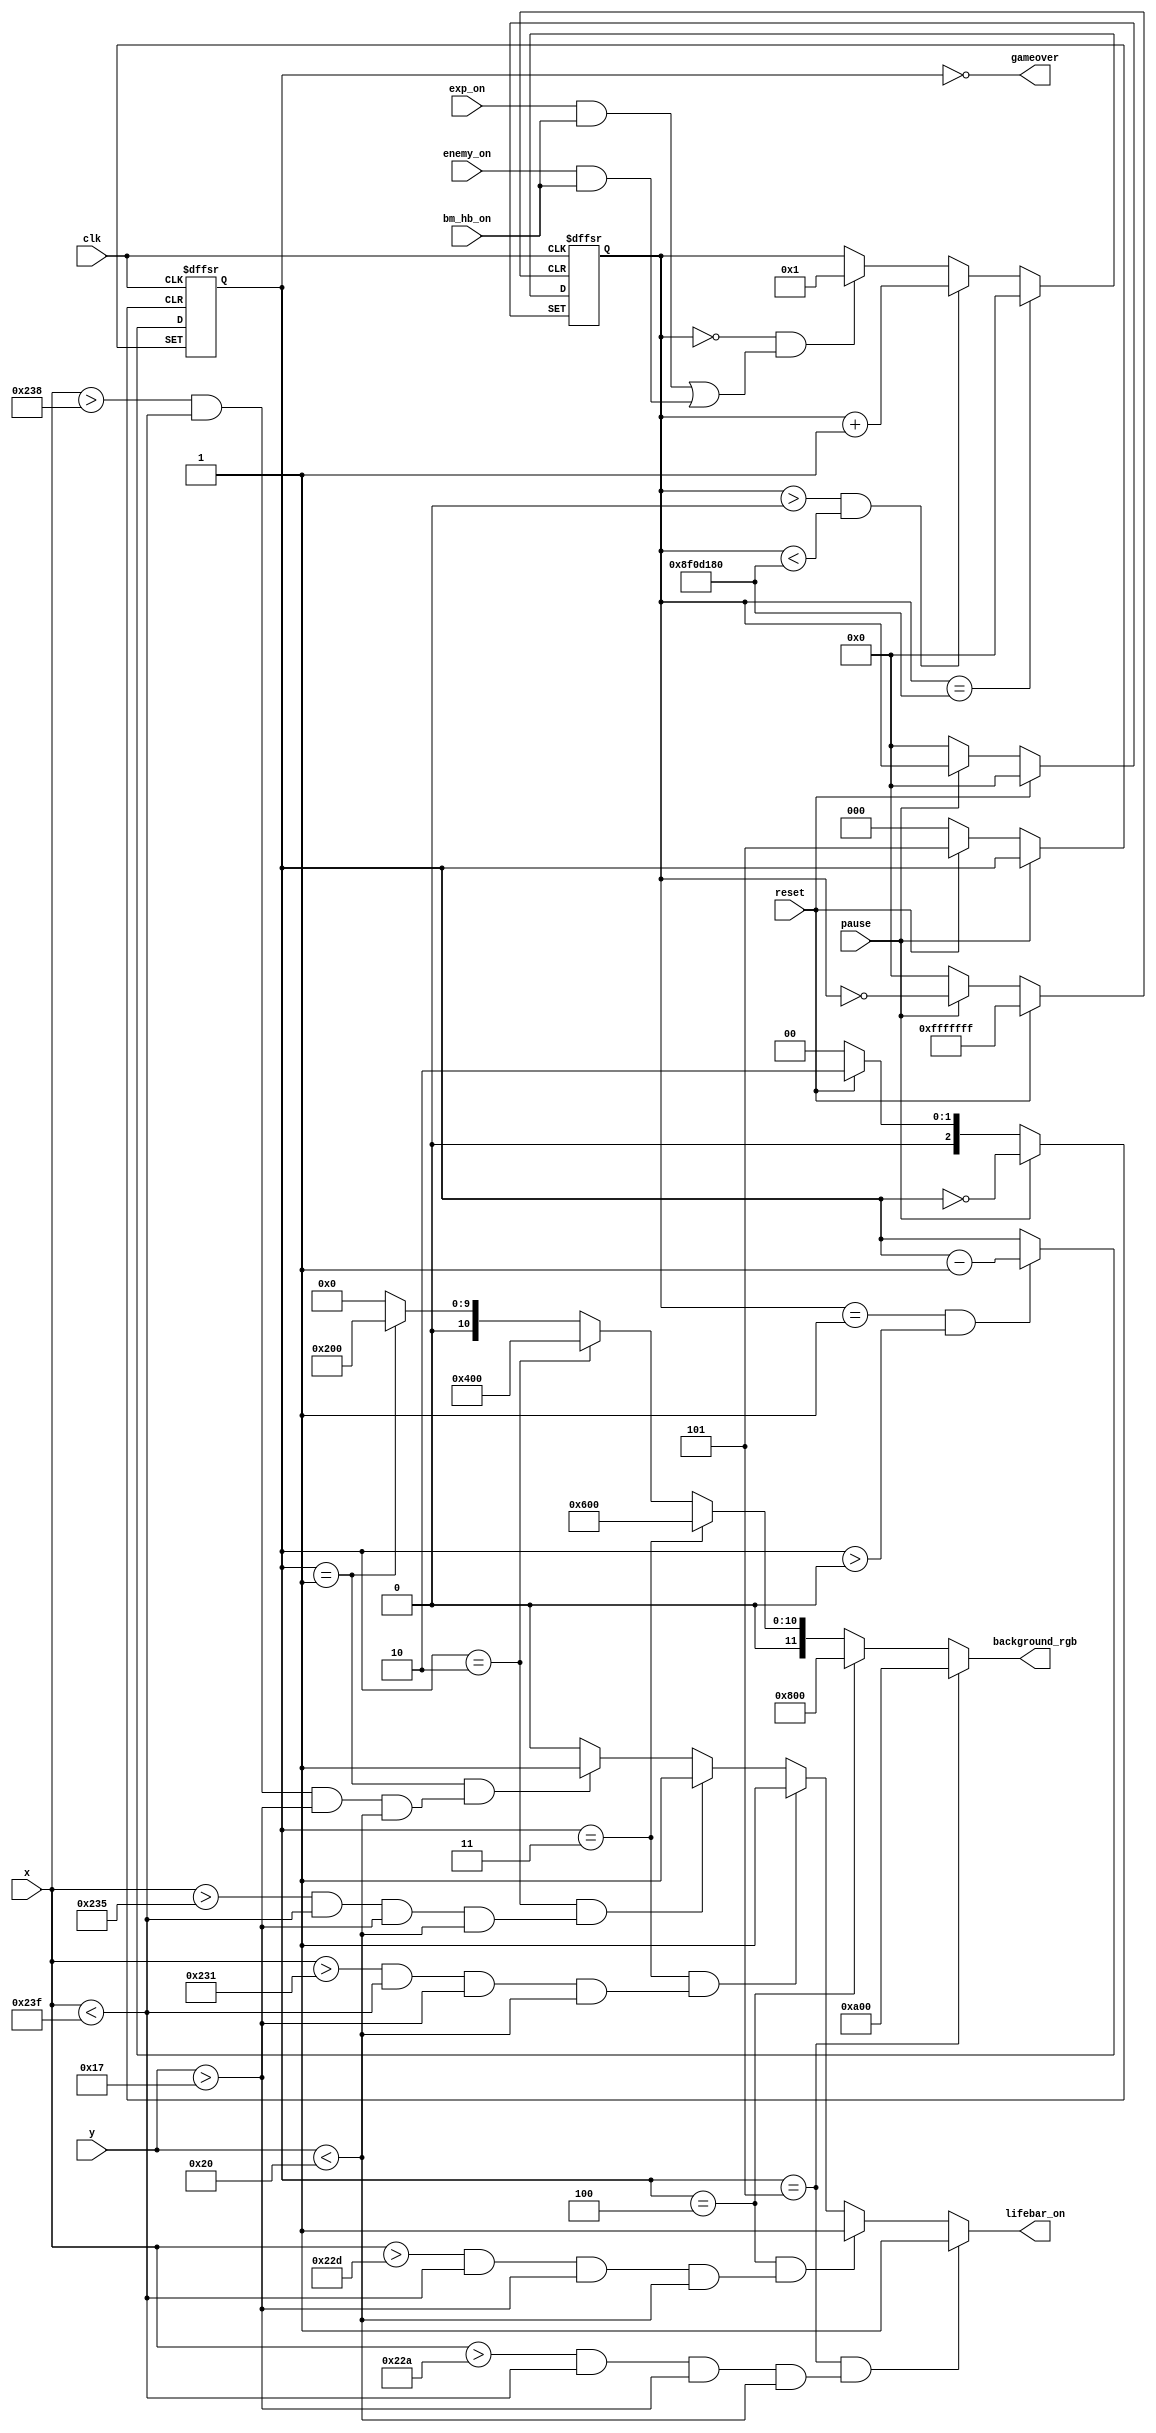
module game_lives
(
   input wire clk, reset, pause,
   input wire [9:0] x, y,                 // current pixel location on screen
   input wire bm_hb_on, enemy_on, exp_on, // input to determine when bomberman's hitbox overlaps enemy or explosion
   output wire gameover,                  // output asserted when lives == 0 and game is over, used to turn off bomberman moving and bomb
   output wire [11:0] background_rgb,      // output for background frame to arena color, going from red to black indicating bomberman's lives
   output wire lifebar_on						//lifebar show
);

localparam INVISIBILITY_MAX = 150000000;  // max value for invisibility counter

localparam X_MIN =554;


// counter register to count a time period after bomberman is hit and cannot be hit immediately again
reg  [27:0] invisibility_reg;
wire [27:0] invisibility_next;

always @(posedge clk, posedge reset, posedge pause)
	if(reset)
		invisibility_reg <= 0;
	else if(pause)
		invisibility_reg<=invisibility_reg;
   else 
	   invisibility_reg <= invisibility_next;

// if register is maxed out, reset to 0,
// if register > 0 and not maxed out, increment,
// if register == 0 and bomberman is hit, start counting up by making register > 0, else keep value of register
assign invisibility_next =                                   (invisibility_reg == INVISIBILITY_MAX) ?                    0 :
                           (invisibility_reg > 0) & (invisibility_reg < INVISIBILITY_MAX)           ? invisibility_reg + 1 :
								   invisibility_reg == 0  & ((exp_on & bm_hb_on) | (enemy_on & bm_hb_on))   ? 1 : invisibility_reg; 

// register to hold number of lives for bomberman, starting with 5
reg  [2:0] lives_reg;
wire [2:0] lives_next;

always @(posedge clk, posedge reset, posedge pause)
	if(reset)
		lives_reg <= 5;
	else if(pause)
		lives_reg<=lives_reg;
   else 
	   lives_reg <= lives_next;
      
// when bomberman is hit, invisibility_reg is set to 1 and then increments to max, indicating a hit,
// if invisibility_reg == 1 and lives > 0, decrement lives.		
assign lives_next = invisibility_reg == 1 & lives_reg > 0 ? lives_reg - 1 : lives_reg;

// assert gameover output signal when lives == 0
assign gameover = lives_reg == 0;



// set background rgb depending on # of lives, from bright red, moving down shades to finally being black when gameover
assign background_rgb = lives_reg == 5 ? 12'b101000000000 : 
                        lives_reg == 4 ? 12'b100000000000 : 
								lives_reg == 3 ? 12'b011000000000 : 
								lives_reg == 2 ? 12'b010000000000 : 
								lives_reg == 1 ? 12'b001000000000 : 12'd0;



assign lifebar_on =	(lives_reg == 5) &  (x>554 & x<575 & y>23 & y<32)? 1:
					(lives_reg == 4) &  (x>557 & x<575 & y>23 & y<32)? 1:
					(lives_reg == 3) &  (x>561 & x<575 & y>23 & y<32)? 1:
					(lives_reg == 2) &  (x>565 & x<575 & y>23 & y<32)? 1:
					(lives_reg == 1) &  (x>568 & x<575 & y>23 & y<32)? 1:					
					0;

endmodule